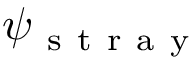
\psi _ { \mathrm { ~ s ~ t ~ r ~ a ~ y ~ } }